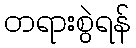
တရားစွဲရန်